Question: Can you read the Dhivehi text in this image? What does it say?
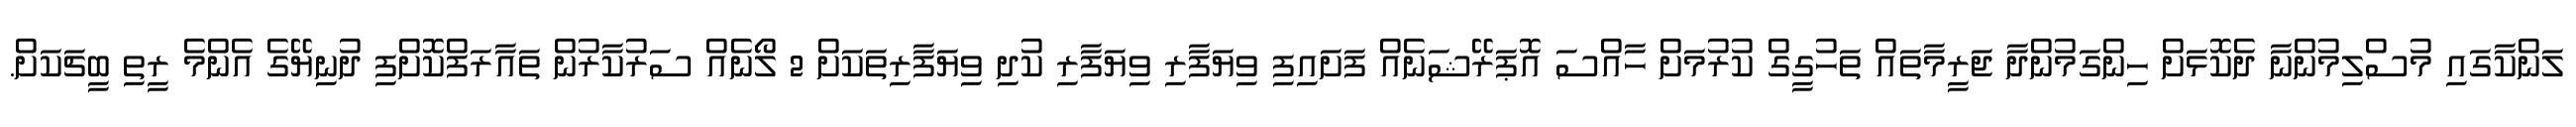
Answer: ލަންކާގައި މުސްލިމުންނާ ދެކޮޅަށް ހިންގަމުންދާ ޖަރީމާތައް ތަހުގީގް ކުރުމަށް ހާއްސަ އޮޕަރޭޝަނެއް ފަށައިފި ވިޔަފާރި ވިޔަފާރި ކުދި ވިޔަފާރިތަކަށް 2 ލޯނެއް ސަރުކާރުން ތައާރަފްކޮށްފި ދުނިޔޭގެ އެންމެ ރީތި ބީޗަކަށް.